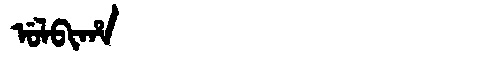
Manchu: ᡠᠯᠪᡳᡥᠠ
Romanization: ULBIHA